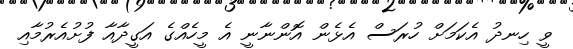
ވީ ހިނދު އެކަމަށް ހުރަސް އެޅެން އޮންނާނީ އެ މީހެއްގެ އަގީދާއާ ފުށުއެރުމާއި